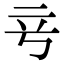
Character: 𬔖